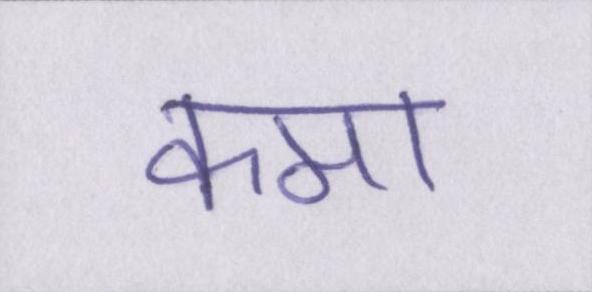
कमा